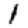
Digit: 1